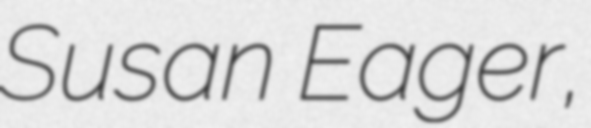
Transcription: Susan Eager,